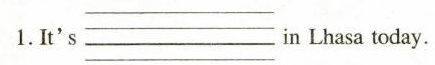
1.It's ___ in Lhasa today.